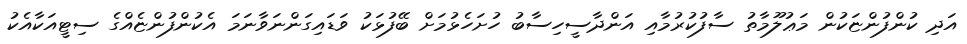
އަދި ކުންފުންޏަކުން މަޢުލޫމާތު ސާފުކުރުމާއި އަންދާސީހިސާބު ހުށަހެޅުމަށް ބޭފުޅަކު ވަޑައިގަންނަވާނަމަ އެކުންފުންޏެއްގެ ސިޓީއަކާއެކު